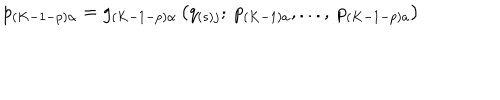
p _ { \left( K - 1 - p \right) \alpha } = g _ { \left( K - 1 - p \right) \alpha } \left( q _ { \left( s \right) j } ; \ p _ { \left( K - 1 \right) a } , . . . , \ p _ { \left( K - 1 - p \right) a } \right)